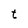
Character: t